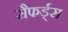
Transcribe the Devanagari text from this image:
सैफर्ड्स